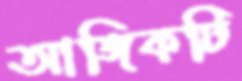
আঙ্গিকটি